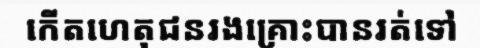
កើតហេតុជនរងគ្រោះបានរត់ទៅ